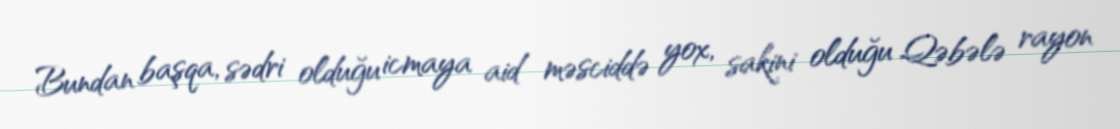
Bundan başqa, sədri olduğu icmaya aid məsciddə yox, sakini olduğu Qəbələ rayon